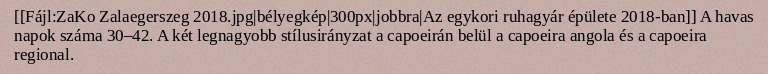
[[Fájl:ZaKo Zalaegerszeg 2018.jpg|bélyegkép|300px|jobbra|Az egykori ruhagyár épülete 2018-ban]] A havas napok száma 30–42. A két legnagyobb stílusirányzat a capoeirán belül a capoeira angola és a capoeira regional.